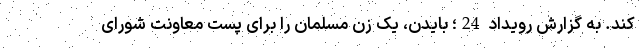
کند. به گزارش رویداد 24؛ بایدن، یک زن مسلمان را برای پست معاونت شورای